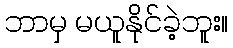
ဘာမှ မယူနိုင်ခဲ့ဘူး။